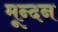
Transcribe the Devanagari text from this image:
मून्दन